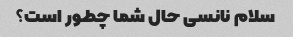
سلام نانسی حال شما چطور است؟